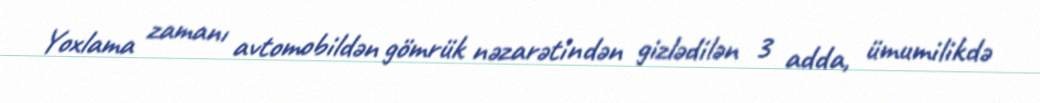
Yoxlama zamanı avtomobildən gömrük nəzarətindən gizlədilən 3 adda, ümumilikdə